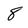
Character: 8